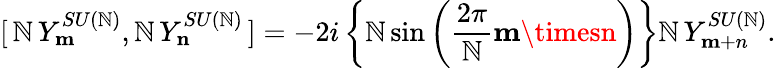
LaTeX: [\, \mathbb{N}\, Y_{\mathbf{m}}^{SU(\mathbb{N})},\mathbb{N}\, Y_{\mathbf{n}}^{SU(\mathbb{N})}\, ]=-2i\left\{ \mathbb{N}\sin\left(\frac{{2\pi}}{{\mathbb{N}}}{\mathbf{m}\timesn}\right)\right\} \mathbb{N}\, Y_{\mathbf{m}+n}^{SU(\mathbb{N})}.